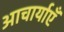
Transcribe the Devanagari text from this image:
आचार्याएँ